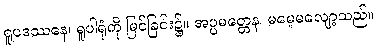
ရူပဒဿနေ၊ ရူပါရုံကို မြင်ခြင်း၌။ အပ္ပမတ္တေန၊ မမေ့မလျော့သည်။